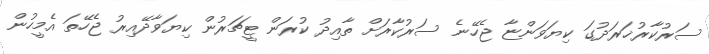
ސަރުކާރުޚަރަދުގަ ކިޔަވަންޏާ ޖެހޭނެ ސަރުކާރަށް ތާއިދު ކުރަން ޓީޗަރުން ކިޔަވާދޭއިރު ޖެހޭތަ އެމީހުން